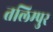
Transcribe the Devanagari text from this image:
तलिम्पुर